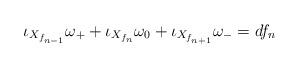
LaTeX: \begin{align*}\iota_{X_{f_{n-1}}}\omega_+ + \iota_{X_{f_n}}\omega_0 + \iota_{X_{f_{n+1}}}\omega_- = df_n\end{align*}